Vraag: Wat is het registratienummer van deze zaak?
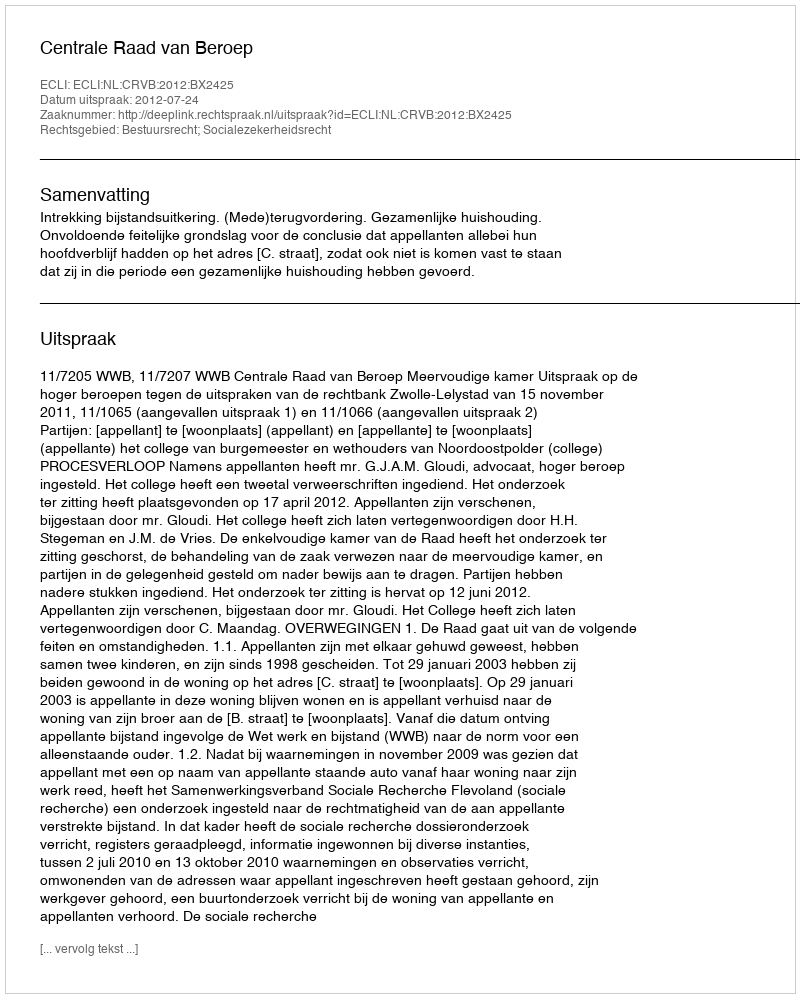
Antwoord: http://deeplink.rechtspraak.nl/uitspraak?id=ECLI:NL:CRVB:2012:BX2425